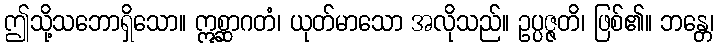
ဤသို့သဘောရှိသော။ ဣစ္ဆာဂတံ၊ ယုတ်မာသော အလိုသည်။ ဥပ္ပဇ္ဇတိ၊ ဖြစ်၏။ ဘန္တေ၊